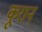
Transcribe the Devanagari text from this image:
कूरान